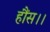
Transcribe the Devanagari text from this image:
हौंस।।